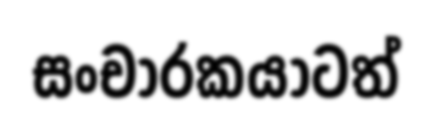
සංචාරකයාටත්